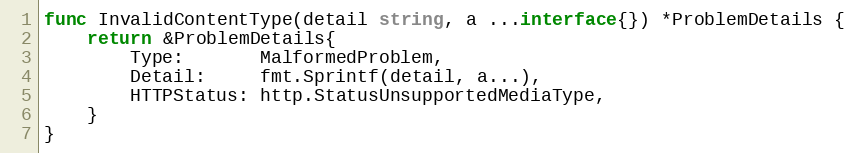
Language: Go
func InvalidContentType(detail string, a ...interface{}) *ProblemDetails {
	return &ProblemDetails{
		Type:       MalformedProblem,
		Detail:     fmt.Sprintf(detail, a...),
		HTTPStatus: http.StatusUnsupportedMediaType,
	}
}